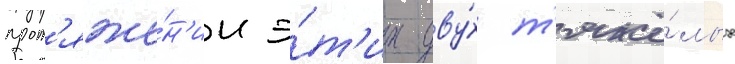
прот'яже́н'ии э́т'их дву́х т'яжё́лых